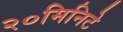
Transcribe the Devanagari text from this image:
२०मिनिटे